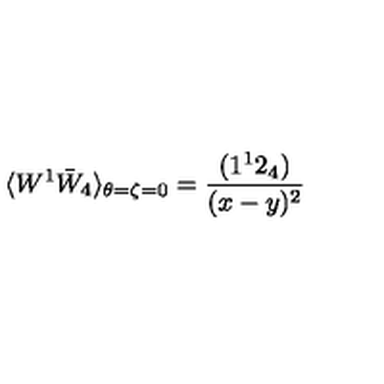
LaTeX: \langle W ^ { 1 } \bar { W } _ { 4 } \rangle _ { \theta = \zeta = 0 } = \frac { ( 1 ^ { 1 } 2 _ { 4 } ) } { ( x - y ) ^ { 2 } }